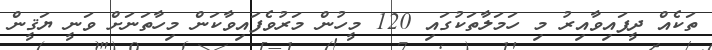
ތަކެއް ދީފައިވާއިރު މި ހަމަލާތަކުގައި 120 މީހުން މަރުވެފައިވާކަން މިހާތަނަށް ވަނީ ޔަޤީން